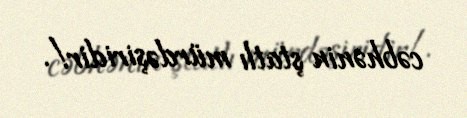
cəbhənin ştatlı mürdəşiridir!.